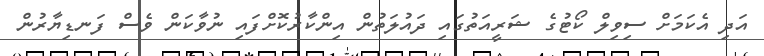
އަދި އެކަމަށް ސިވިލް ކޯޓުގެ ޝަރީއަތުގައި ދައުލަތުން އިންކާރުކޮށްފައި ނުވާކަން ވެސް ފަނޑިޔާރުން